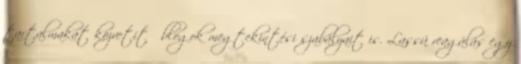
tartalmakat közvetítő blogok megtekintési szabályait is. Lassú reagálás egy